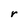
Character: r